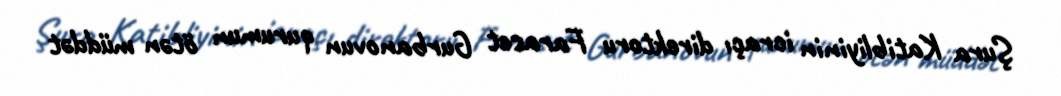
Şura Katibliyinin icraçı direktoru Faraset Gurbanovun qurumun ötən müddət